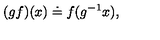
( g f ) ( x ) \doteq f ( g ^ { - 1 } x ) ,